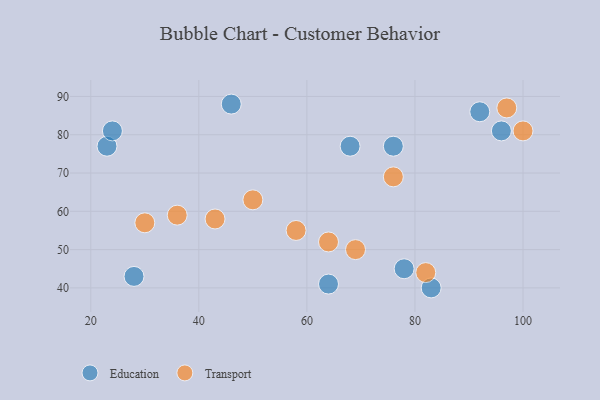
{"axis": {"x": "GDP", "y": "Life Expectancy"}, "legend": ["Education", "Transport"], "data": [{"x": "28", "y": 43, "type": "Education"}, {"x": "68", "y": 77, "type": "Education"}, {"x": "64", "y": 41, "type": "Education"}, {"x": "96", "y": 81, "type": "Education"}, {"x": "76", "y": 77, "type": "Education"}, {"x": "78", "y": 45, "type": "Education"}, {"x": "23", "y": 77, "type": "Education"}, {"x": "92", "y": 86, "type": "Education"}, {"x": "24", "y": 81, "type": "Education"}, {"x": "83", "y": 40, "type": "Education"}, {"x": "46", "y": 88, "type": "Education"}, {"x": "97", "y": 87, "type": "Transport"}, {"x": "30", "y": 57, "type": "Transport"}, {"x": "43", "y": 58, "type": "Transport"}, {"x": "82", "y": 44, "type": "Transport"}, {"x": "69", "y": 50, "type": "Transport"}, {"x": "50", "y": 63, "type": "Transport"}, {"x": "76", "y": 69, "type": "Transport"}, {"x": "100", "y": 81, "type": "Transport"}, {"x": "58", "y": 55, "type": "Transport"}, {"x": "36", "y": 59, "type": "Transport"}, {"x": "64", "y": 52, "type": "Transport"}]}